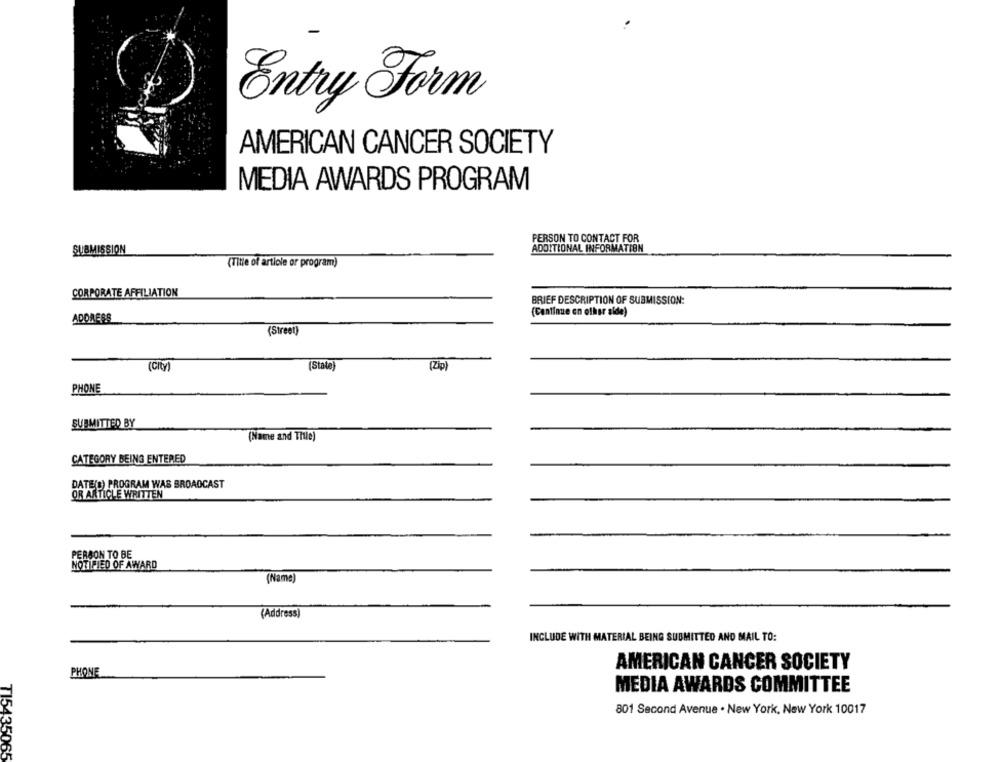
Entry Form
AMERICAN CANCER SOCIETY
MEDIA AWARDS PROGRAM
PERSON TO CONTACT FOR
SUBMISSION
ADDITIONAL INFORMATION
(Titie of article or program)
CORPORATE AFFILIATION
BRIEF DESCRIPTION OF SUBMISSION:
(Continue on other side)
ADORERS
(Street)
(City
(State)
(Zip
PHONE
SUBMITTED BY
(Name and Thle)
CATEGORY BEING ENTERED
DATE(D) PROGRAM WAS BROADCAST
OR ARTICLE WRITTEN
PERSON TO BE
NOTIFIED OF AWARD
(Name)
(Address)
INCLUDE WITH MATERIAL BEING SUBMITTED AND MAIL TO:
AMERICAN CANCER SOCIETY
PHONE
MEDIA AWARDS COMMITTEE
801 Second Avenue . New York, New York 10017
TI5435065